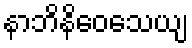
နာဘိနိဝေသေယျ